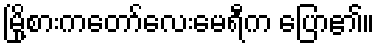
မြို့စားကတော်လေးမေရီက ပြော၏။